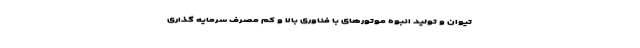
تیوان و تولید انبوه موتورهای با فناوری بالا و کم مصرف سرمایه گذاری